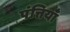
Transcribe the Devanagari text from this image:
पंत्तियाँ